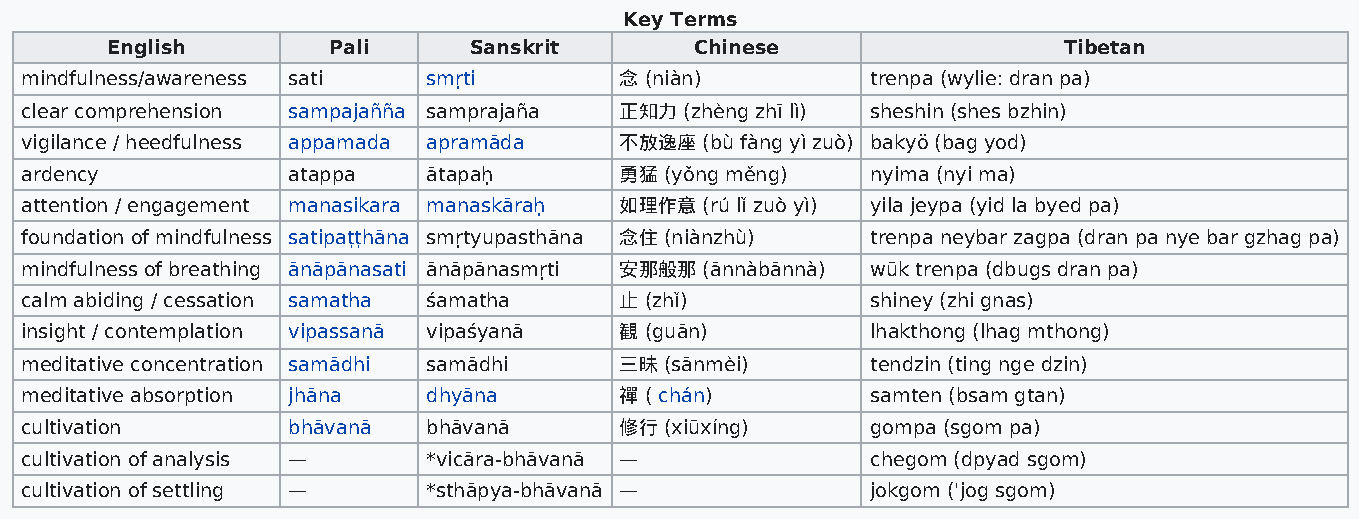
Key Terms
 English        Pali     Sanskrit       Chinese                 Tibetan
 mindfulness/awareness sati smṛti        念 (niàn)         trenpa (wylie: dran pa)
 clear comprehension sampajañña samprajaña 正知力 (zhèng zhī lì) sheshin (shes bzhin)
 vigilance / heedfulness appamada apramāda 不放逸座 (bù fàng yì zuò) bakyö (bag yod)
 ardency           atappa   ātapaḥ       勇猛 (yǒng měng)   nyima (nyi ma)
 attention / engagement manasikara manaskāraḥ 如理作意 (rú lǐ zuò yì) yila jeypa (yid la byed pa)
 foundation of mindfulness satipaṭṭhāna smṛtyupasthāna 念住 (niànzhù) trenpa neybar zagpa (dran pa nye bar gzhag pa)
 mindfulness of breathing ānāpānasati ānāpānasmṛti 安那般那 (ānnàbānnà) wūk trenpa (dbugs dran pa)
 calm abiding / cessation samatha śamatha 止 (zhǐ)         shiney (zhi gnas)
 insight / contemplation vipassanā vipaśyanā 観 (guān)     lhakthong (lhag mthong)
 meditative concentration samādhi samādhi 三昧 (sānmèi)     tendzin (ting nge dzin)
 meditative absorption jhāna dhyāna      禪 ( chán)        samten (bsam gtan)
 cultivation       bhāvanā  bhāvanā      修行 (xiūxíng)     gompa (sgom pa)
 cultivation of analysis —  *vicāra-bhāvanā —             chegom (dpyad sgom)
 cultivation of settling —  *sthāpya-bhāvanā —            jokgom ('jog sgom)